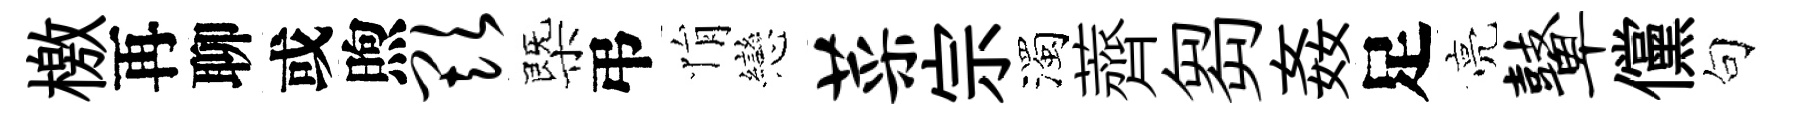
檄再聊或煦欺㮣弔悁戀菜宗濁薺芻姦足亮鼙儻句